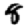
Digit: 8